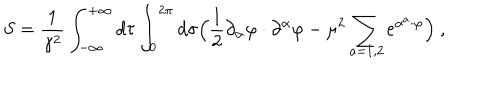
S = \frac { 1 } { \gamma ^ { 2 } } \int _ { - \infty } ^ { + \infty } d \tau \int _ { 0 } ^ { 2 \pi } d \sigma \Bigl ( \frac { 1 } { 2 } \partial _ { \alpha } \varphi \cdot \partial ^ { \alpha } \varphi - \mu ^ { 2 } \sum _ { a = 1 , 2 } \mathrm { e } ^ { \alpha ^ { a } \cdot \varphi } \Bigr ) ~ ,